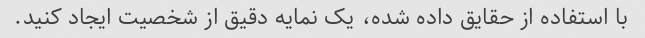
با استفاده از حقایق داده شده، یک نمایه دقیق از شخصیت ایجاد کنید.